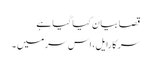
قصا بیان کیا گیا ہے
سر کارایل، اس سر میں ۔